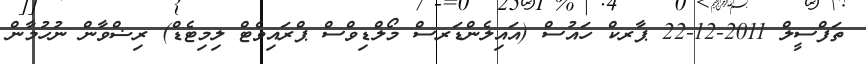
ތަފްސީލް 2011-12-22 ޕާރކް ހައުސް (އައިލެންޑަރސް މޯލްޑިވްސް ޕްރައިވެޓް ލިމިޓެޑް) ރިޟްވާން ނުހުމާން